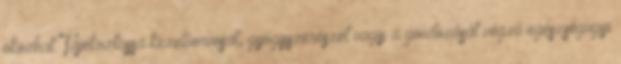
okozhat. Tájékoztassa kezelőorvosát, gyógyszerészét vagy a gondozását végző egészségügyi